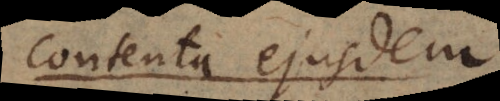
contenta ejusdem